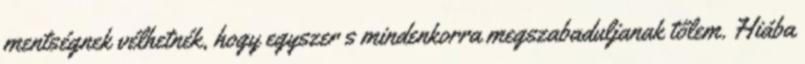
mentségnek vélhetnék, hogy egyszer s mindenkorra megszabaduljanak tőlem. Hiába